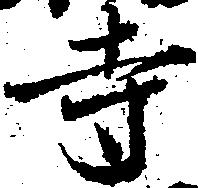
寺